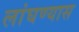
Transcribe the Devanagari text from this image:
लांघण्यास